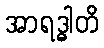
အာရဒ္ဓါတိ